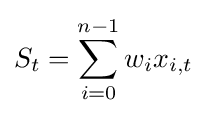
S_{t}=\sum _{i=0}^{n-1}w_{i}x_{i,t}